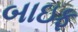
બાઇફ